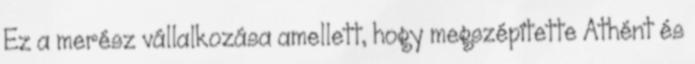
Ez a merész vállalkozása amellett, hogy megszépítette Athént és